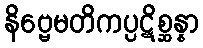
နိဗ္ဗေမတိကပ္ပဋိစ္ဆန္နာ